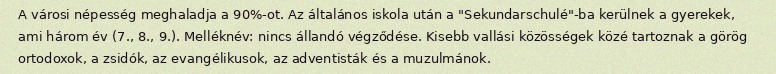
A városi népesség meghaladja a 90%-ot. Az általános iskola után a "Sekundarschulé"-ba kerülnek a gyerekek, ami három év (7., 8., 9.). Melléknév: nincs állandó végződése. Kisebb vallási közösségek közé tartoznak a görög ortodoxok, a zsidók, az evangélikusok, az adventisták és a muzulmánok.